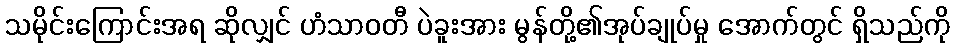
သမိုင်းကြောင်းအရ ဆိုလျှင် ဟံသာဝတီ ပဲခူးအား မွန်တို့၏အုပ်ချုပ်မှု အောက်တွင် ရှိသည်ကို